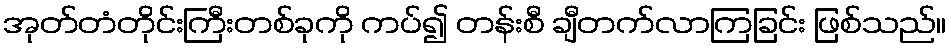
အုတ်တံတိုင်းကြီးတစ်ခုကို ကပ်၍ တန်းစီ ချီတက်လာကြခြင်း ဖြစ်သည်။